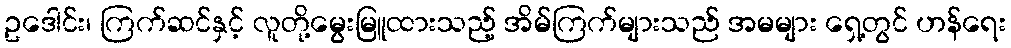
ဥဒေါင်း၊ ကြက်ဆင်နှင့် လူတို့မွေးမြူထားသည့် အိမ်ကြက်များသည် အမများ ရှေ့တွင် ဟန်ရေး